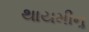
થાયમીનૢ